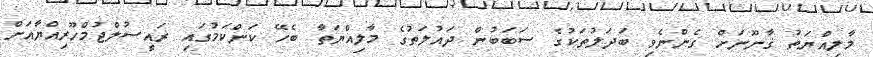
މާލިއްޔަތު ޤާނޫނަށް ގެންނެވި ބަދަލުތަކުގެ ސަބަބުން ދައުލަތުގެ މާލިއްޔަތާ ބެހޭ ކަންކަމުގައި ރައީސުލްޖުމްހޫރިއްޔާއަށް